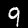
Digit: 9